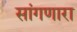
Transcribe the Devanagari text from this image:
सांंगणारा